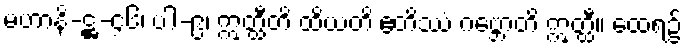
မဟာနိ-ဋ္ဌ-၄၆၊ ပါ-၉၊ ဣတ္ထီတိ ထိယတိ ဧတိဿံ ဂဗ္ဘောတိ ဣတ္ထီ။ ထေရ၌